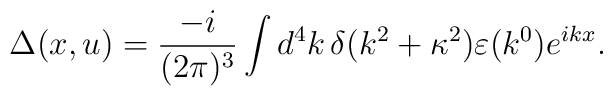
\Delta(x,u) = \frac{- i}{(2\pi)^{3}} \int d^{4}k\, \delta(k^{2} + \kappa^{2}) \varepsilon(k^{0}) e^{ikx}.